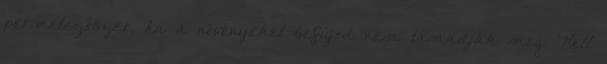
permetezőszer, ha a növényeket befújod nem támadják meg. Kell